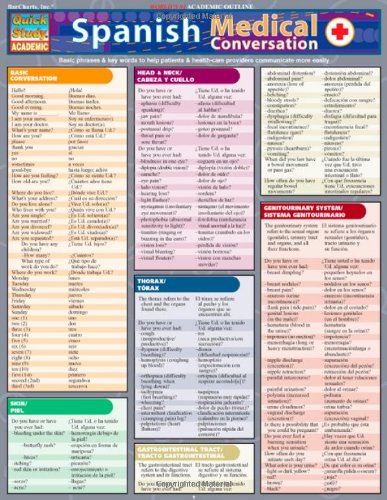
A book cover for Spanish Medical Conversation (Quickstudy: Academic); Inc. BarCharts; Reference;